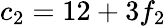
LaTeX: c_{2}=12+3f_{2}